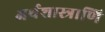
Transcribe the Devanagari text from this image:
अर्थशास्त्राणि